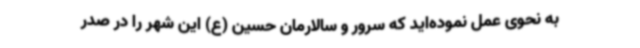
به نحوی عمل نموده‌اید که سرور و سالارمان حسین (ع) این شهر را در صدر